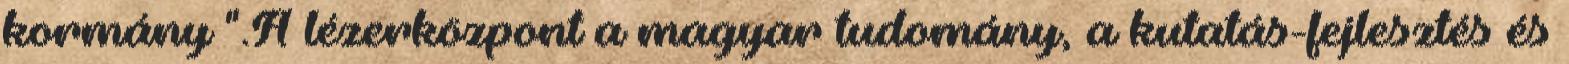
kormány ".A lézerközpont a magyar tudomány, a kutatás-fejlesztés és